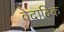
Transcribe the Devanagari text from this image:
वेदादिक